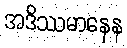
အဒိဿမာနေန